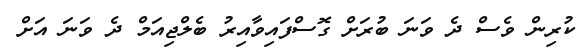
ކުރިން ވެސް ދެ ވަނަ ބުރަށް ގޮސްފައިވާއިރު ބެލްޖިއަމް ދެ ވަނަ އަށް